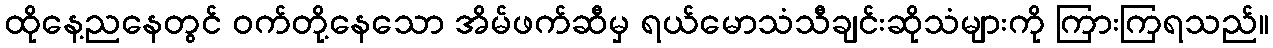
ထိုနေ့ညနေတွင် ဝက်တို့နေသော အိမ်ဖက်ဆီမှ ရယ်မောသံသီချင်းဆိုသံများကို ကြားကြရသည်။